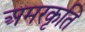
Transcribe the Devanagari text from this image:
अमरकृति